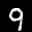
Label: 9